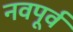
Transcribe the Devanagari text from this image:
नवपूर्व